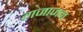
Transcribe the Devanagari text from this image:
गजाजन